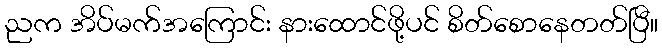
ညက အိပ်မက်အကြောင်း နားထောင်ဖို့ပင် စိတ်စောနေတတ်ပြီ။